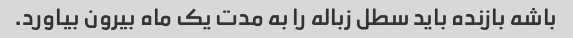
باشه بازنده باید سطل زباله را به مدت یک ماه بیرون بیاورد.